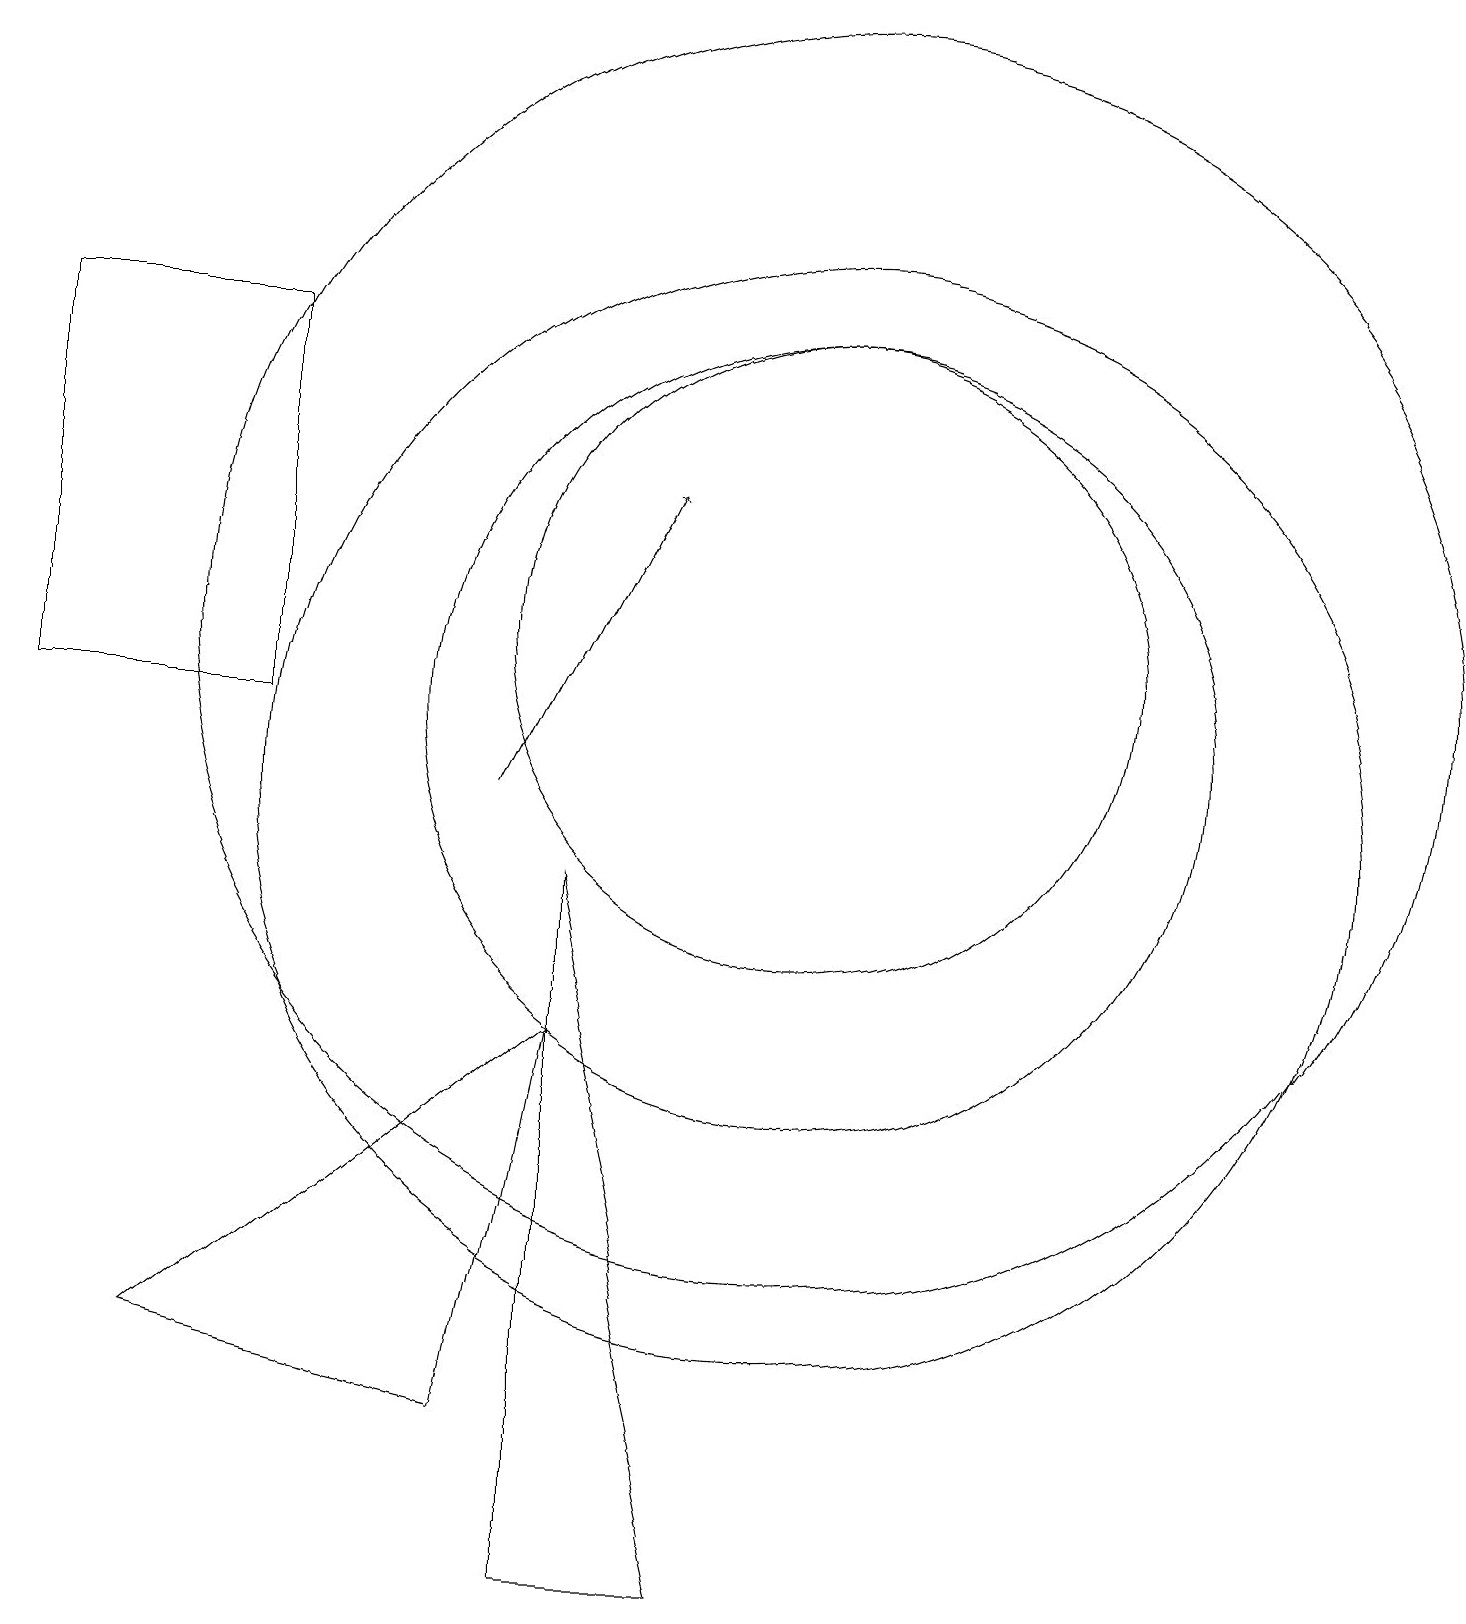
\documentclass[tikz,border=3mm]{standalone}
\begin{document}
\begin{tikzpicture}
\draw[->] (6,10) -- (8,14);
\draw (3,11) rectangle (0,16);
\draw (10,11) circle (5);
\draw (10,12) circle (8);
\draw (10,12) circle (4);
\draw (6,2) -- (7,7) -- (2,3) -- cycle;
\draw (7,0) -- (7,9) -- (9,0) -- cycle;
\draw (10,10) circle (7);
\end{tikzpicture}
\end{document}